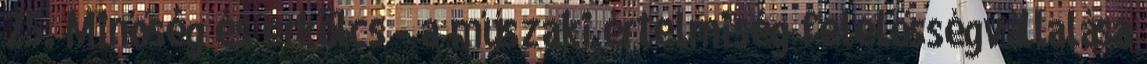
25. Minőség és erkölcs - a műszaki értelmiség felelősségvállalása